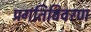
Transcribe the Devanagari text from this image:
प्रगतिविवरण